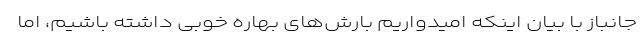
جانباز با بیان اینکه امیدواریم بارش‌های بهاره خوبی داشته باشیم، اما